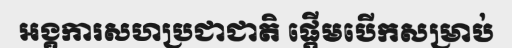
អង្គការសហប្រជាជាតិ ផ្តើមបើកសម្រាប់